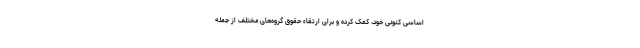
اساسی کنونی خود، کمک کرده و برای ارتقاء حقوق گروه‌های مختلف از جمله